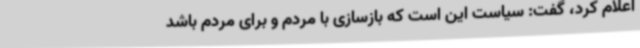
اعلام کرد، گفت: سیاست این است که بازسازی با مردم و برای مردم باشد